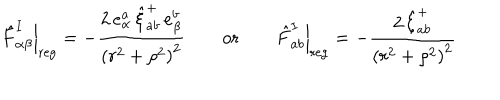
LaTeX: \left. \hat { F } _ { \alpha \beta } ^ { I } \right| _ { \mathrm { r e g } } = - \frac { 2 \, e _ { \alpha } ^ { a } \, \hat { \xi } _ { a b } ^ { + } \, e _ { \beta } ^ { b } } { \left( r ^ { 2 } + \rho ^ { 2 } \right) ^ { 2 } } \qquad \mathrm { o r } \qquad \left. \hat { F } _ { a b } ^ { I } \right| _ { \mathrm { r e g } } = - \frac { 2 \, \hat { \xi } _ { a b } ^ { + } } { \left( r ^ { 2 } + \rho ^ { 2 } \right) ^ { 2 } }